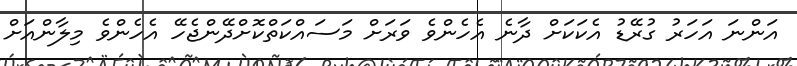
އަންނަ އަހަރު ގުރޭޑު އެކަކަށް ދާނެ އެހެންވެ ވަރަށް މަސައްކަތްކޮށްދޭންޖެހޭ އެހެންވެ މިލާންއަށް